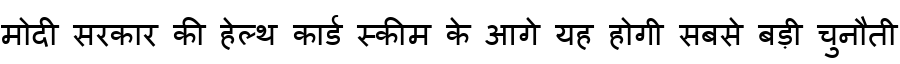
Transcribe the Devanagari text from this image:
मोदी सरकार की हेल्थ कार्ड स्कीम के आगे यह होगी सबसे बड़ी चुनौती